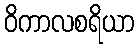
ဝိကာလစရိယာ